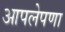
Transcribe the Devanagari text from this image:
आपलेपणा